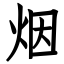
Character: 烟